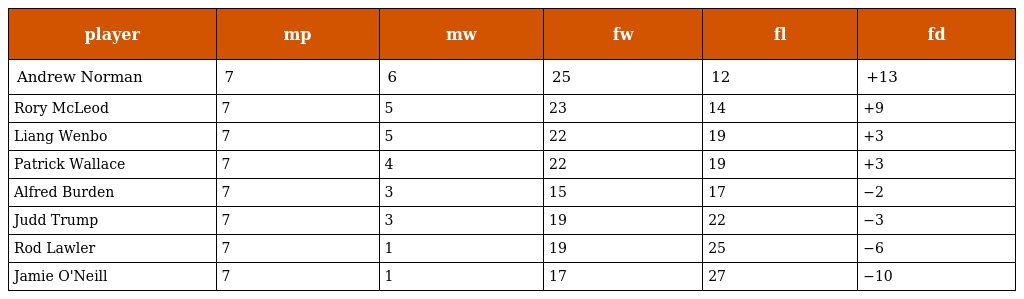
| player | mp | mw | fw | fl | fd |
 | --- | --- | --- | --- | --- | --- |
 | Andrew Norman | 7 | 6 | 25 | 12 | +13 |
 | Rory McLeod | 7 | 5 | 23 | 14 | +9 |
 | Liang Wenbo | 7 | 5 | 22 | 19 | +3 |
 | Patrick Wallace | 7 | 4 | 22 | 19 | +3 |
 | Alfred Burden | 7 | 3 | 15 | 17 | −2 |
 | Judd Trump | 7 | 3 | 19 | 22 | −3 |
 | Rod Lawler | 7 | 1 | 19 | 25 | −6 |
 | Jamie O'Neill | 7 | 1 | 17 | 27 | −10 |